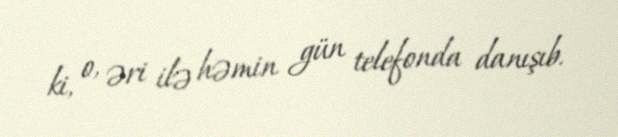
ki, o, əri ilə həmin gün telefonda danışıb.